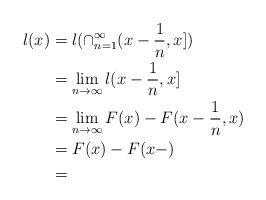
LaTeX: \begin{align*} l({x})&=l(\cap_{n=1}^{\infty}(x-\frac{1}{n},x])\\&=\lim_{n\to\infty}l{(x-\frac{1}{n},x]}\\&=\lim_{n\to\infty}{F(x)-F(x-\frac{1}{n},x)}\\&=F(x)-F(x-)\\&=\end{align*}